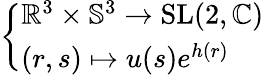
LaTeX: \left\{ \begin{array}{ll}{\mathbb{R}^{3}\times\mathbb{S}^{3}\to{\mathrm{SL}}(2,\mathbb{C})}\\ {(r,s)\mapsto u(s)e^{h(r)}}\end{array}\right.